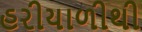
હરીયાળીથી